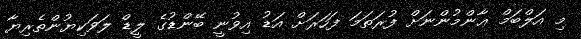
މި އަލްބަމް ޢާންމުންނަށް ފުރަތަމަ ފަހަރަށް އަޑު އިވުނީ ބޭންޑުގެ ލީޑް ލަވަކިޔުންތެރިޔާ